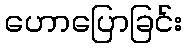
ဟောပြောခြင်း